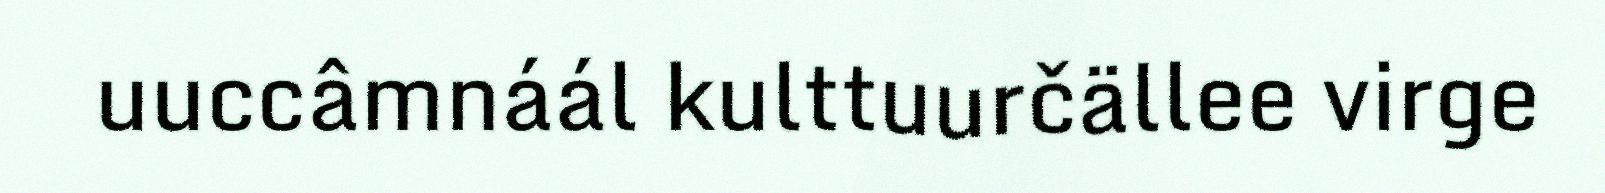
uuccâmnáál kulttuurčällee virge